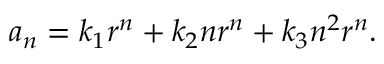
a _ { n } = k _ { 1 } r ^ { n } + k _ { 2 } n r ^ { n } + k _ { 3 } n ^ { 2 } r ^ { n } .